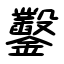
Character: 鑿